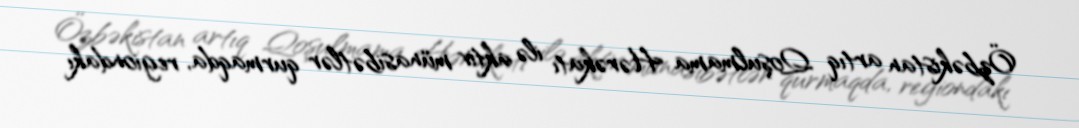
Özbəkistan artıq Qoşulmama Hərəkatı ilə aktiv münasibətlər qurmaqda, regiondakı